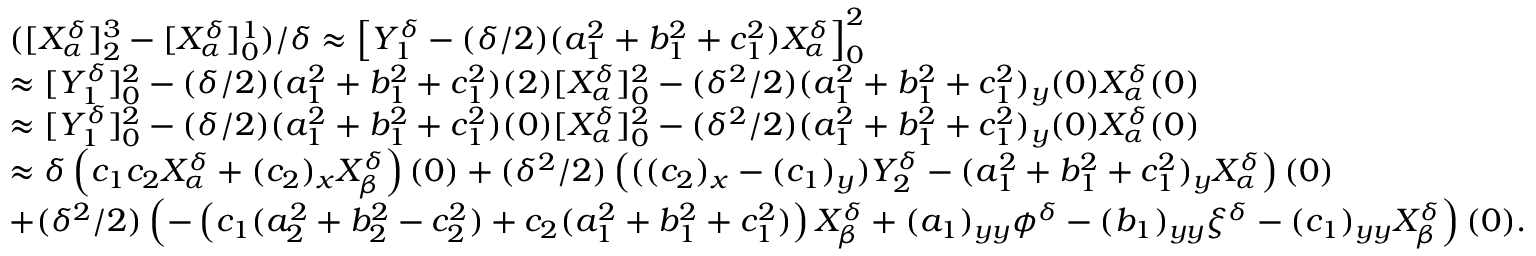
\begin{array} { r l } & { ( [ X _ { \alpha } ^ { \delta } ] _ { 2 } ^ { 3 } - [ X _ { \alpha } ^ { \delta } ] _ { 0 } ^ { 1 } ) / \delta \approx \left[ Y _ { 1 } ^ { \delta } - ( \delta / 2 ) ( a _ { 1 } ^ { 2 } + b _ { 1 } ^ { 2 } + c _ { 1 } ^ { 2 } ) X _ { \alpha } ^ { \delta } \right] _ { 0 } ^ { 2 } } \\ & { \approx [ Y _ { 1 } ^ { \delta } ] _ { 0 } ^ { 2 } - ( \delta / 2 ) ( a _ { 1 } ^ { 2 } + b _ { 1 } ^ { 2 } + c _ { 1 } ^ { 2 } ) ( 2 ) [ X _ { \alpha } ^ { \delta } ] _ { 0 } ^ { 2 } - ( \delta ^ { 2 } / 2 ) ( a _ { 1 } ^ { 2 } + b _ { 1 } ^ { 2 } + c _ { 1 } ^ { 2 } ) _ { y } ( 0 ) X _ { \alpha } ^ { \delta } ( 0 ) } \\ & { \approx [ Y _ { 1 } ^ { \delta } ] _ { 0 } ^ { 2 } - ( \delta / 2 ) ( a _ { 1 } ^ { 2 } + b _ { 1 } ^ { 2 } + c _ { 1 } ^ { 2 } ) ( 0 ) [ X _ { \alpha } ^ { \delta } ] _ { 0 } ^ { 2 } - ( \delta ^ { 2 } / 2 ) ( a _ { 1 } ^ { 2 } + b _ { 1 } ^ { 2 } + c _ { 1 } ^ { 2 } ) _ { y } ( 0 ) X _ { \alpha } ^ { \delta } ( 0 ) } \\ & { \approx \delta \left( c _ { 1 } c _ { 2 } X _ { \alpha } ^ { \delta } + ( c _ { 2 } ) _ { x } X _ { \beta } ^ { \delta } \right) ( 0 ) + ( \delta ^ { 2 } / 2 ) \left( ( ( c _ { 2 } ) _ { x } - ( c _ { 1 } ) _ { y } ) Y _ { 2 } ^ { \delta } - ( a _ { 1 } ^ { 2 } + b _ { 1 } ^ { 2 } + c _ { 1 } ^ { 2 } ) _ { y } X _ { \alpha } ^ { \delta } \right) ( 0 ) } \\ & { + ( \delta ^ { 2 } / 2 ) \left( - \left( c _ { 1 } ( a _ { 2 } ^ { 2 } + b _ { 2 } ^ { 2 } - c _ { 2 } ^ { 2 } ) + c _ { 2 } ( a _ { 1 } ^ { 2 } + b _ { 1 } ^ { 2 } + c _ { 1 } ^ { 2 } ) \right) X _ { \beta } ^ { \delta } + ( a _ { 1 } ) _ { y y } \phi ^ { \delta } - ( b _ { 1 } ) _ { y y } \xi ^ { \delta } - ( c _ { 1 } ) _ { y y } X _ { \beta } ^ { \delta } \right) ( 0 ) . } \end{array}